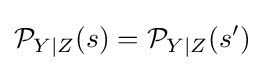
{\mathcal {P}}_{Y\mid Z}(s)={\mathcal {P}}_{Y\mid Z}(s')